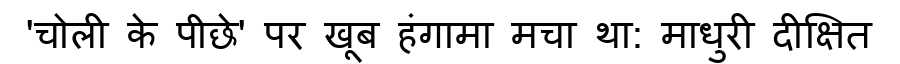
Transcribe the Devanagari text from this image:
'चोली के पीछे' पर खूब हंगामा मचा था: माधुरी दीक्षित